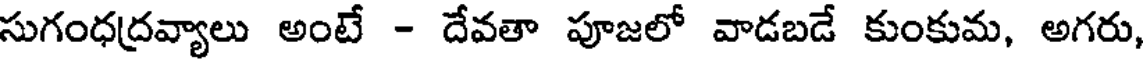
సుగంధద్రవ్యాలు అంటే - దేవతా పూజలో వాడబడే కుంకుమ, అగరు,